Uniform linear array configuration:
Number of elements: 8
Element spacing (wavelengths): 0.25
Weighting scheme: blackman
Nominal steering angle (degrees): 45
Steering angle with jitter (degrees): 43.404
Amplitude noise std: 0.05
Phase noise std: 0.05

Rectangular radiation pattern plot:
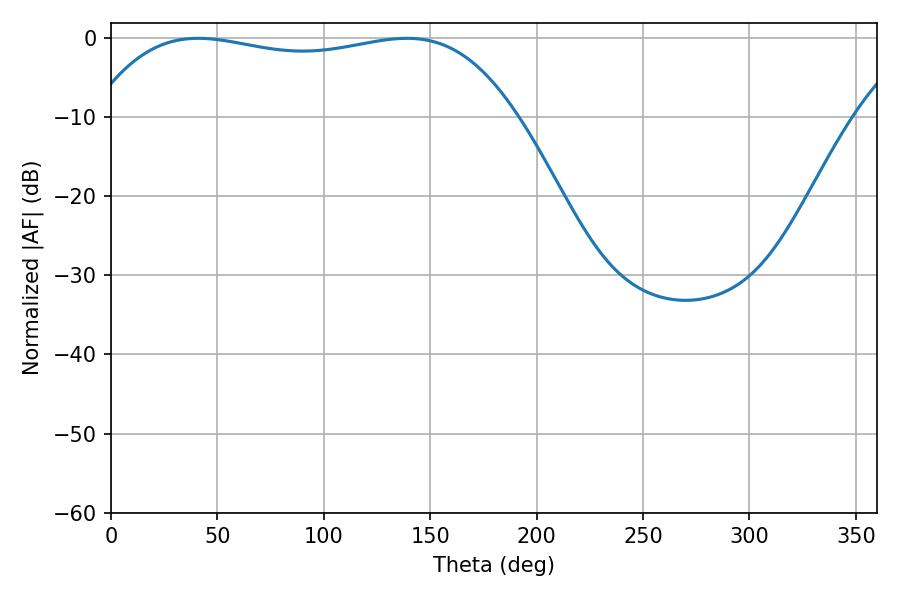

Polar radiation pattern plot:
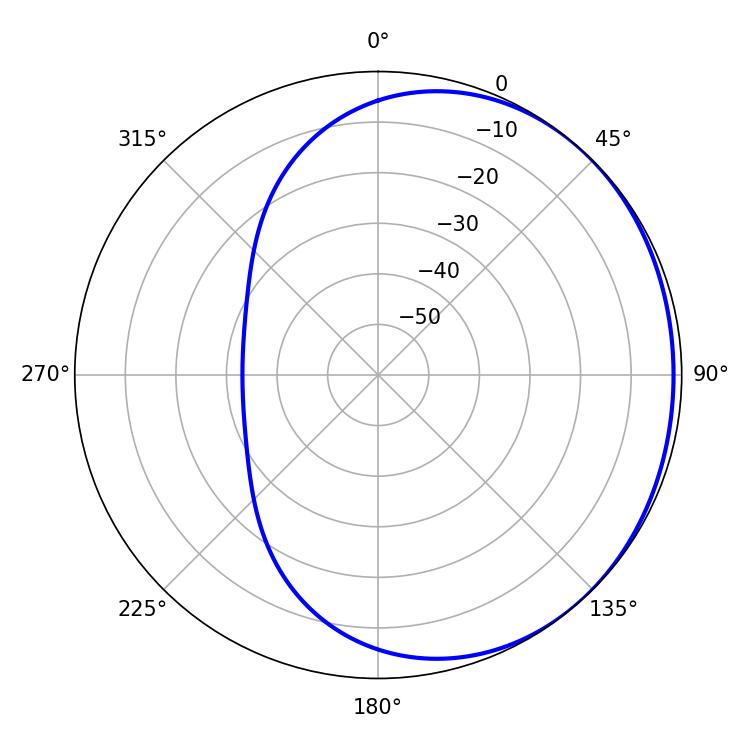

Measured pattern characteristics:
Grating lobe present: FALSE
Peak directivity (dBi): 0.8911
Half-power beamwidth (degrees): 159.12
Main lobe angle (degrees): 41.04